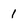
Character: 1